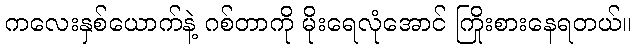
ကလေးနှစ်ယောက်နဲ့ ဂစ်တာကို မိုးရေလုံအောင် ကြိုးစားနေရတယ်။